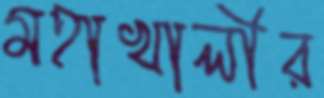
মহাখালীর